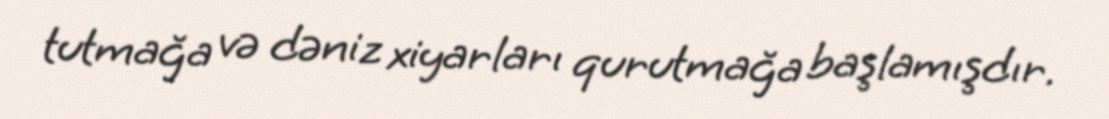
tutmağa və dəniz xiyarları qurutmağa başlamışdır.